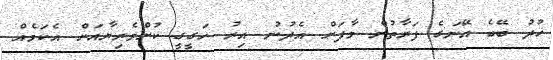
ޚުދު ބޭބެ އޭނަގެ ފަރާތުން މާފަށް އެދުނު އިރު ހަގީގީ ކުށްވެރިޔާއަށް އެކަމެއް